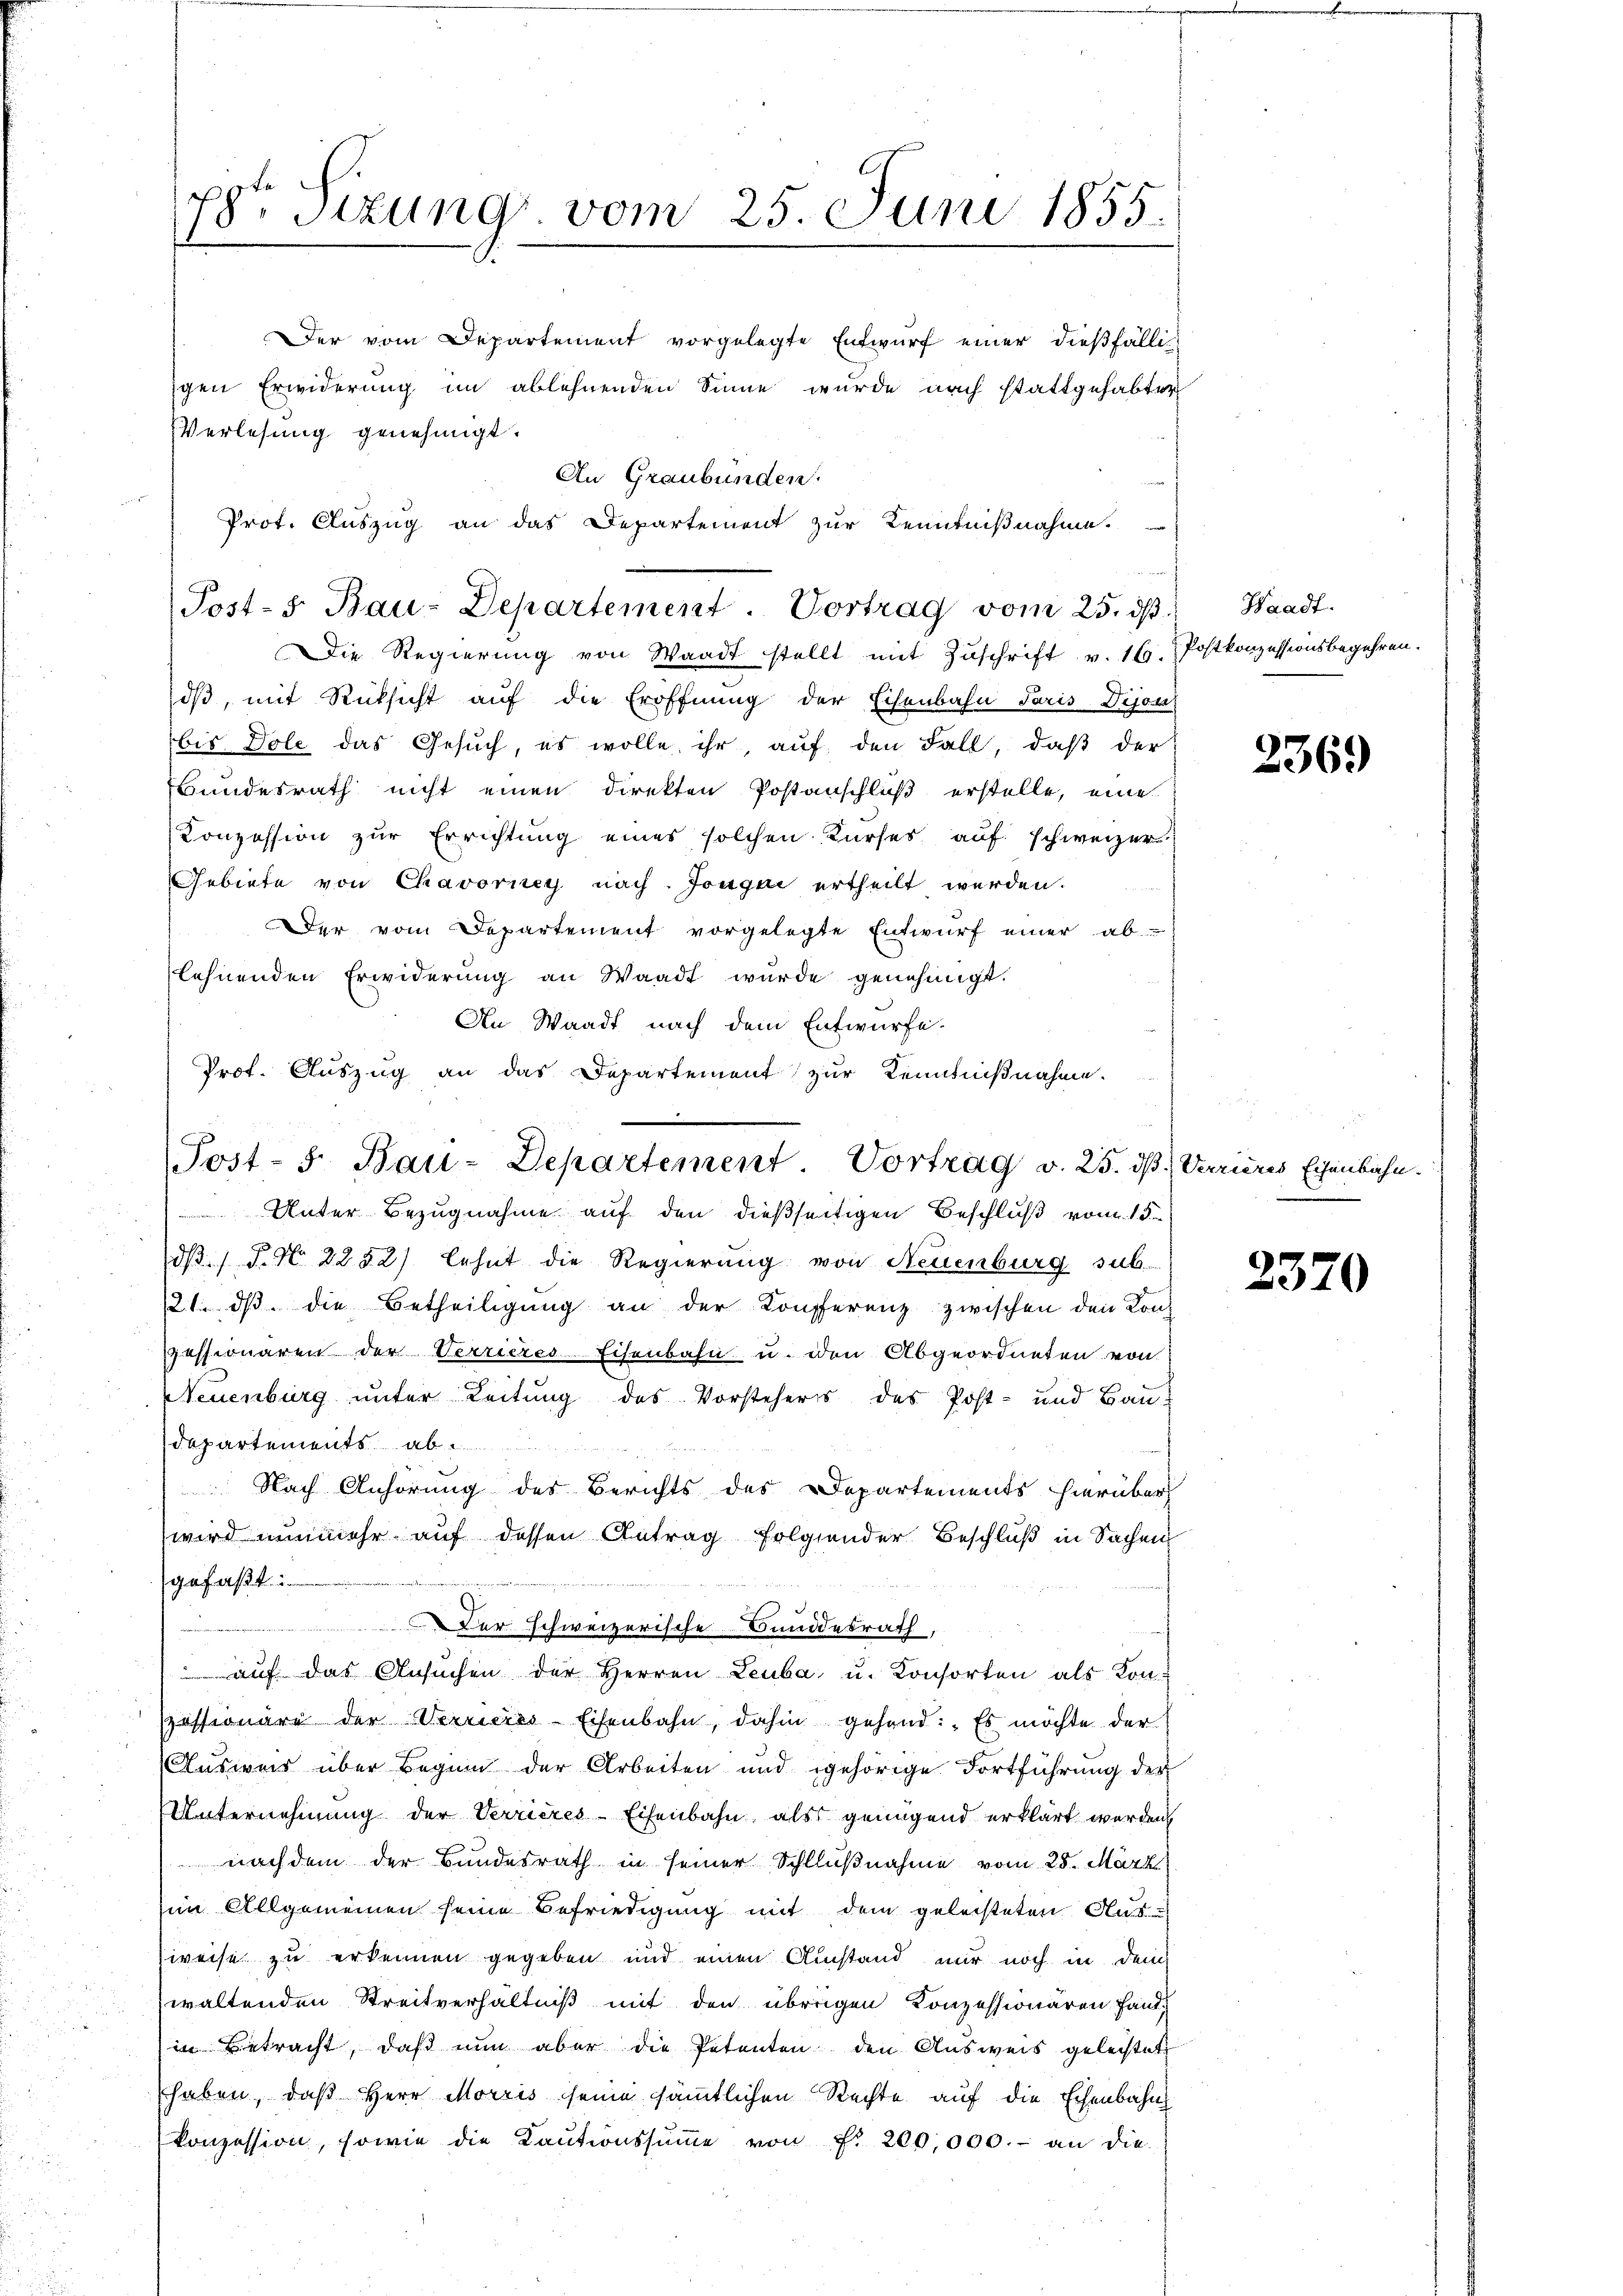
78 Sizung vom 25. Juni 1855.

Der vom Departement vorgelegte Entwurf einer dießfälli
gen Erwiderung im ablehnenden Sinne wurde nach stattgehabter
Verlesung genehmigt.
An Graubünden.
Prot. Auszug an das Departement zur Kenntnißnahme.

Post-s Bau-Departement. Vortrag vom 25. dβ.

Post- 5. Bau-Departement. Vortrag v. 25. ds Verrieres Eisenbahn.

Die Regierung von Waadt stellt mit Zuschrift v. 16. Postkonzessionsbegehren.
iß, mit Rücksicht auf die Eröffnung der Echenbahn Paris Dijon
bis Dole das Gesuch, es wolle ihr, auf den Fall, daß der
Bundesrath nicht einen direkten Postanschluß erstelle, eine
Conzession zur Errichtung eines solchen Kurses auf schweizer
Gebiete von Chavorney nach. Jonqui ertheilt werden.
Der vom Departement vorgelegte Entwurf einer ab-
lehnenden Erwiderung an Waadt wurde genehmigt.
An Waadt nach dem Entwürfe.
Prof. Auszug an das Departement zur Kenntnißnahme.

Waadt.

Unter Bezugnahme auf den dießseitigen Beschluß vom 15.
dß P. N. 2252) lehnt die Regierung von Neuenburg sub.
121. dβ die Betheiligŭng an der Konferenz zwischen den Konf
pessionären der Verrieres-Eisenbahn u. den Abgeordneten von
Neuenburg unter Leitung des Vorstehers des Post- und Bau-
Departements ab
Nach Anhörung des Berichts des Departements hierüber
wird nunmehr auf dessen Antrag folgender Beschluß in Sachen
gefaßt
wierige
Der schweizerische Bundesrath,
 aŭf das Ansŭchen der Herren Leuba u. Konsorten als Kon-
szessionäre der Verrieres-Eisenbahn, dahin gehend: „Es möchte der
Auswar über Beginn der Arbeiten und gehörige Fortführung der
UUnternehmung der Verrieres-Eisenbahn, als genügend erklärt werden
nachdem der Bundesrath in seiner Schlußnahme vom 25. März.
im Allgemeinen seine Befriedigung mit dem geleisteten Aus-
weise zu erkennen gegeben und einen Austand nur noch in Dein
waltenden Streitverhältniß mit den übrigen Konzessionären Handin Betracht, daß nun aber die Petenten den Ausweis geleistet
haben, daß Herr Morzis seine sämmtlichen Rechte auf die Echenbahn
konzession, sowie die Kaŭtionssŭṁe von Fr. 200,000.- an die

2369

2370